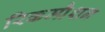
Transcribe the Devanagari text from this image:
रिकम्प्रैशन